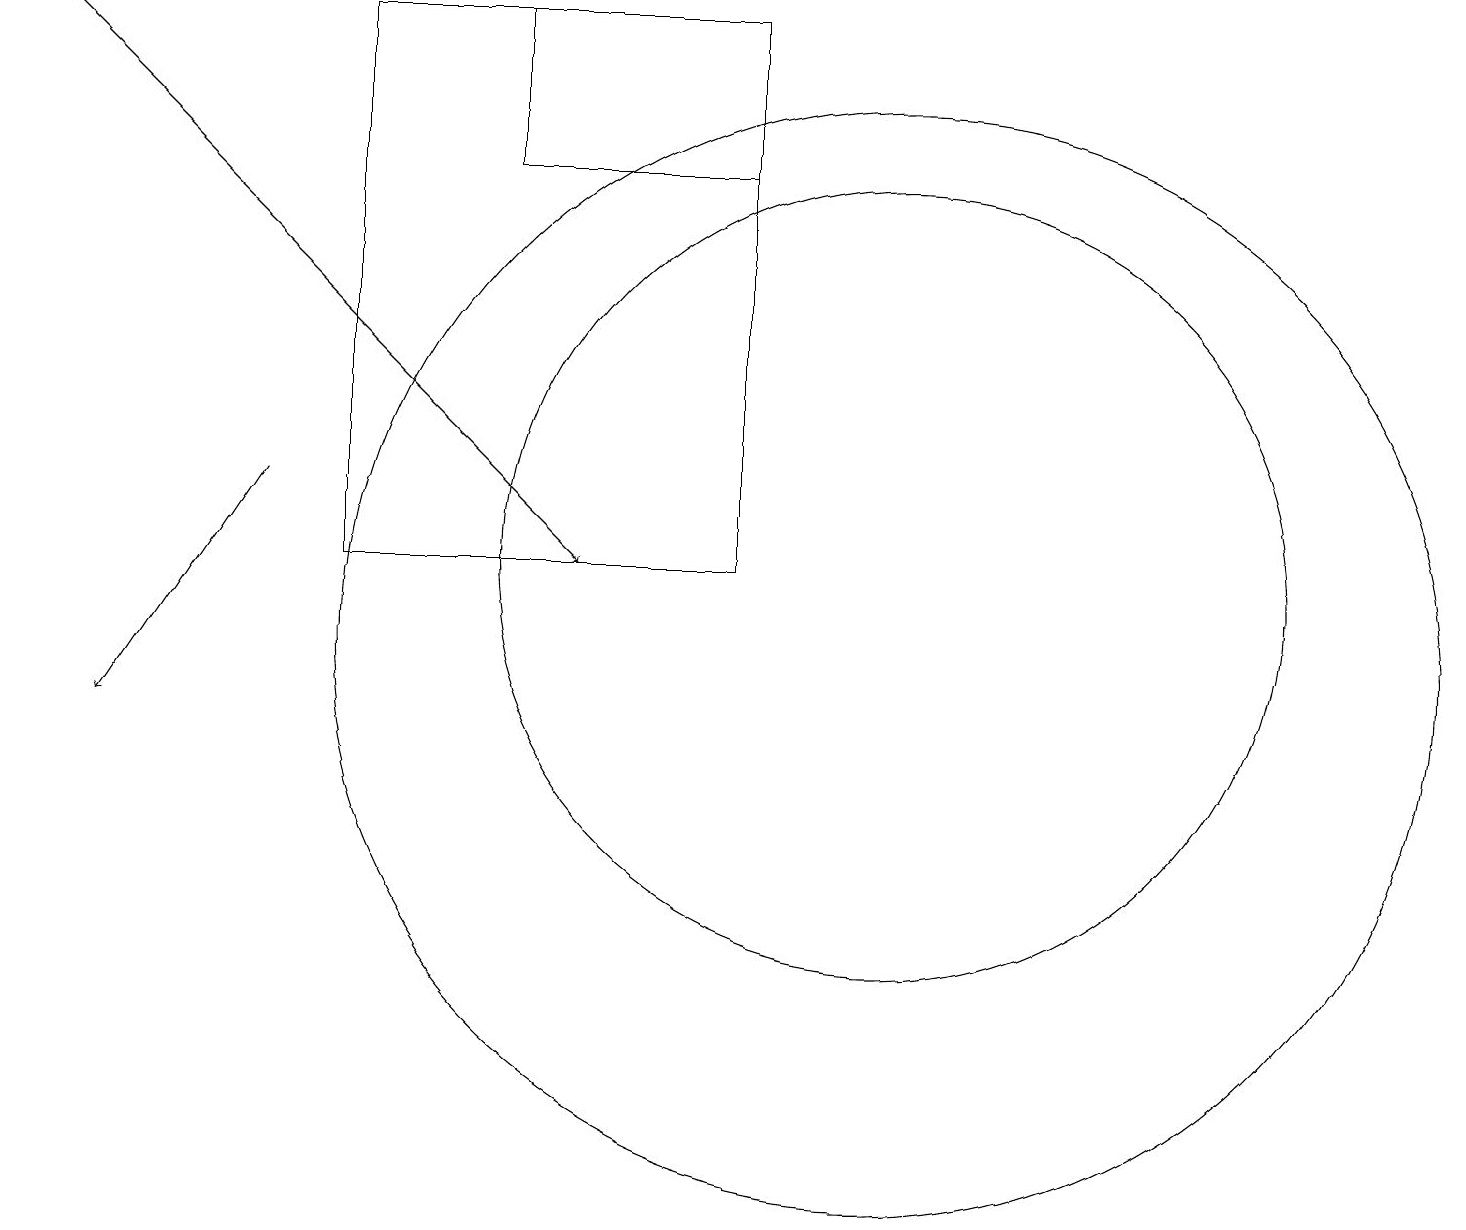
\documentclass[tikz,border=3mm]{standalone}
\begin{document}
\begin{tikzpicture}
\draw[->] (0,19) -- (7,12);
\draw (4,19) rectangle (9,12);
\draw (11,11) circle (7);
\draw (11,12) circle (5);
\draw[->] (3,13) -- (1,10);
\draw (9,19) rectangle (6,17);
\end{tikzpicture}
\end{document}